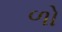
ળો